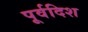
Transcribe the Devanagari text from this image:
पूर्वदिश